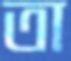
তা